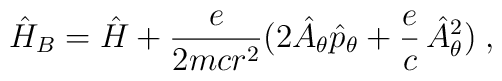
\hat H_B=\hat H+\frac{e}{2mcr^2}(2\hat A_\theta \hat         p_\theta+ \frac{e}{c}\,\hat A_\theta^2)\;,